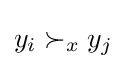
y_{i}\succ _{x}y_{j}\,\!